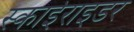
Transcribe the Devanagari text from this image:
स्काईराइडर